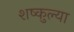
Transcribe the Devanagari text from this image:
शष्कुल्या